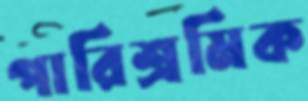
পারিশ্রমিক